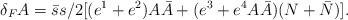
\begin{align*}\delta _F A = \bar s s /2 [ (e^1 + e^2) A\bar A + (e^3 + e^4 A\bar A)(N+ \bar N)].\end{align*}